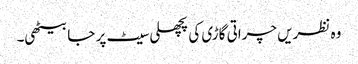
وہ نظریں چراتی گاڑی کی پچھلی سیٹ پر جا بیٹھی۔